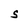
Character: S